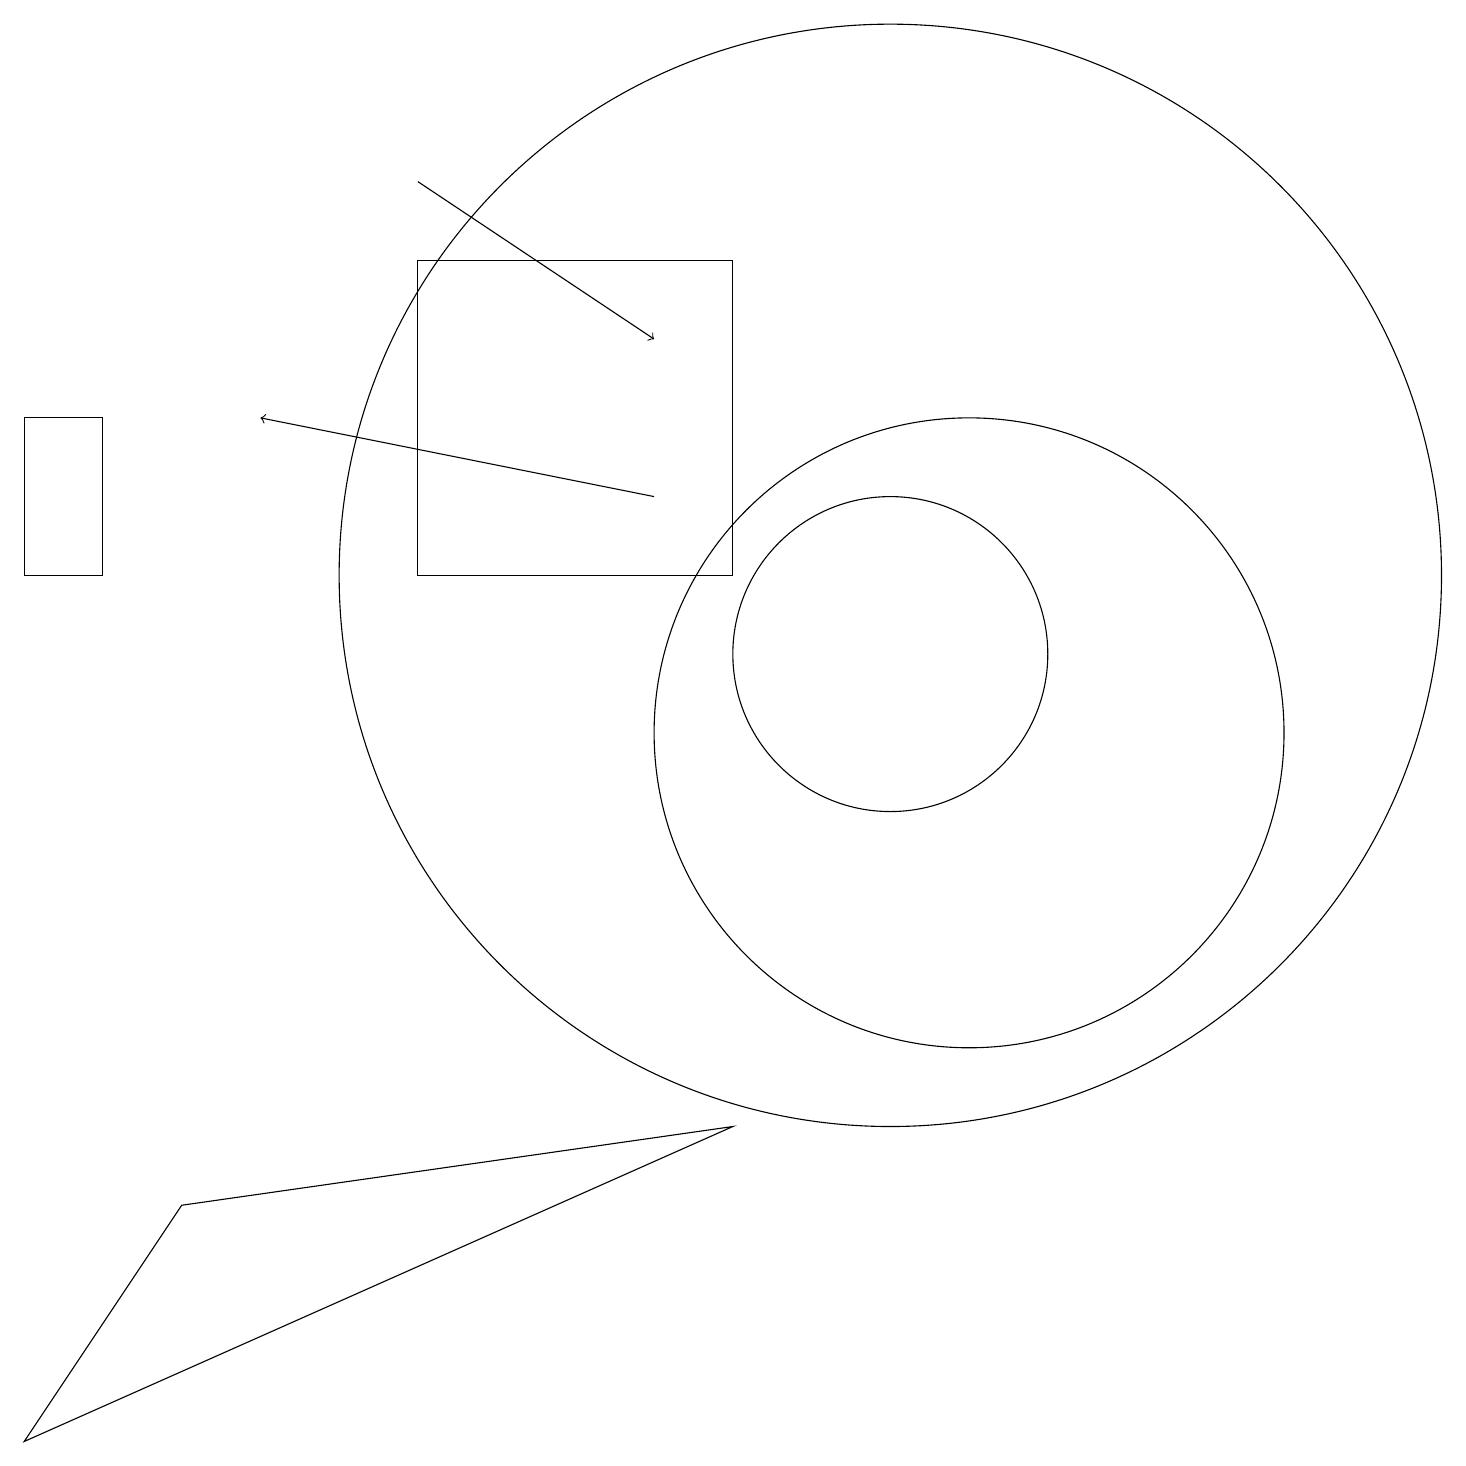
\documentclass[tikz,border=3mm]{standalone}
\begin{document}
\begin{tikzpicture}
\draw (11,12) circle (7);
\draw (11,11) circle (2);
\draw (12,10) circle (4);
\draw (2,4) -- (0,1) -- (9,5) -- cycle;
\draw (9,16) rectangle (5,12);
\draw[->] (5,17) -- (8,15);
\draw (0,12) rectangle (1,14);
\draw[->] (8,13) -- (3,14);
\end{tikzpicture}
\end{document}